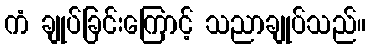
ကံ ချုပ်ခြင်းကြောင့် သညာချုပ်သည်။